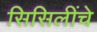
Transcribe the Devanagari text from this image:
सिसिलींचे